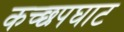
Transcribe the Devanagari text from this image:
कच्छपघाट